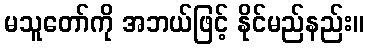
မသူတော်ကို အဘယ်ဖြင့် နိုင်မည်နည်း။